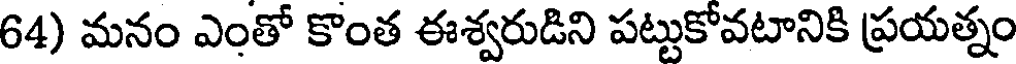
64) మనం ఎంతో కొంత ఈశ్వరుడిని పట్టుకోవటానికి ప్రయత్నం